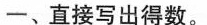
一、直接写出得数。